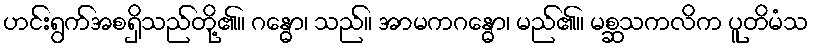
ဟင်းရွက်အစရှိသည်တို့၏။ ဂန္ဓော၊ သည်။ အာမကဂန္ဓော၊ မည်၏။ မစ္ဆသကလိက ပူတိမံသ